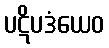
ပဋိပဒံယေဝ